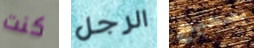
كنت الرجل بصحيح